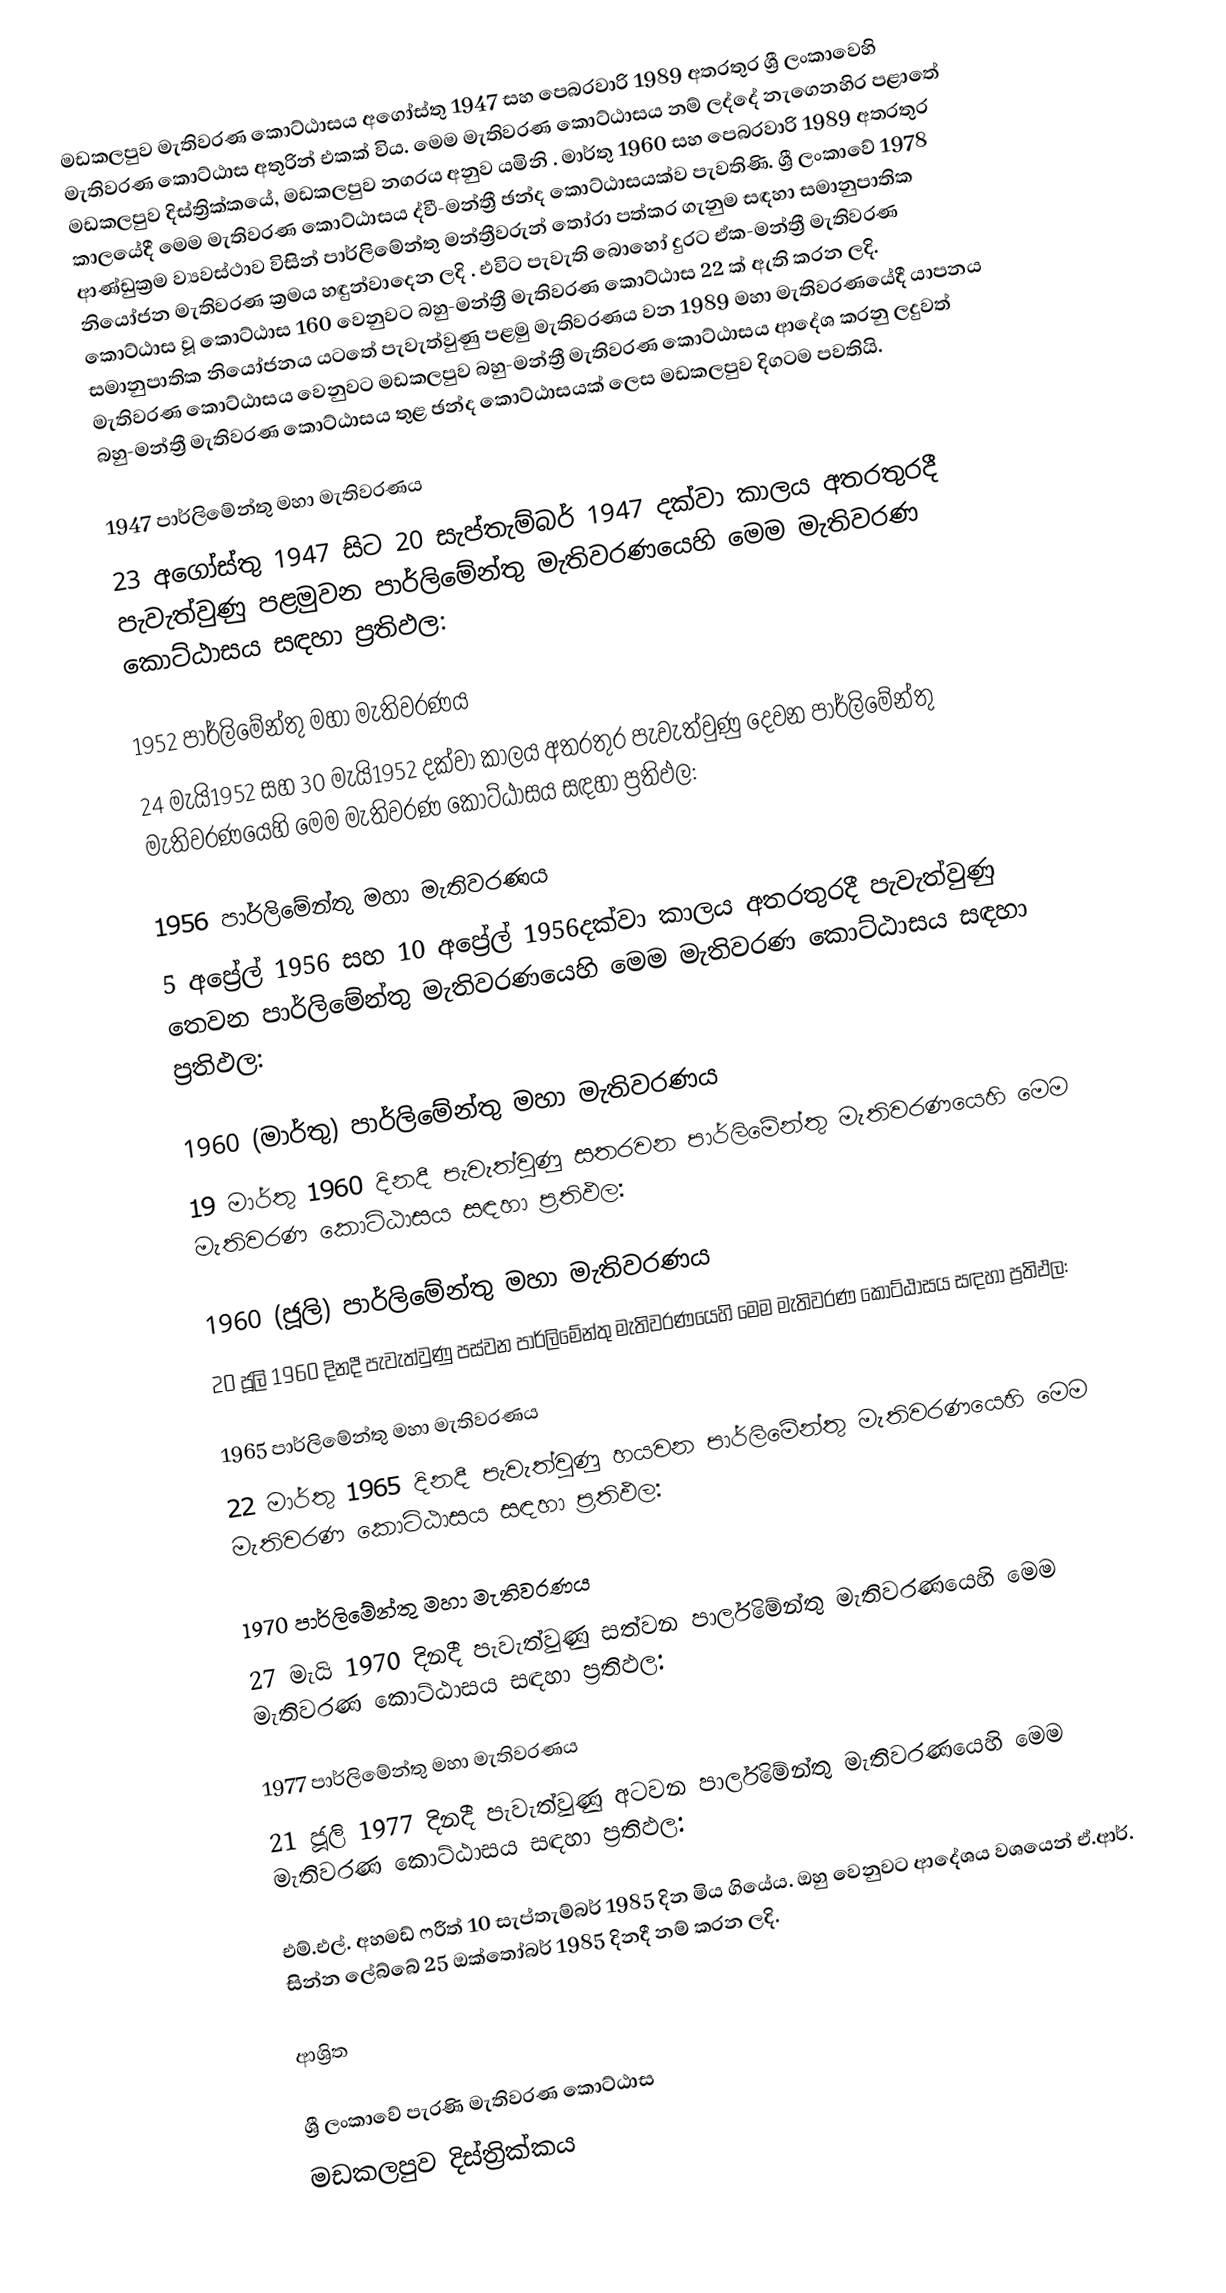
මඩකලපුව මැතිවරණ කොට්ඨාසය අගෝස්තු 1947 සහ පෙබරවාරි 1989 අතරතුර  ශ්‍රී ලංකාවෙහි  මැතිවරණ කොට්ඨාස අතුරින් එකක් විය. මෙම මැතිවරණ කොට්ඨාසය නම් ලද්දේ  නැගෙනහිර පළාතේ  මඩකලපුව දිස්ත්‍රික්කයේ,  මඩකලපුව නගරය අනුව යමිනි . මාර්තු 1960 සහ පෙබරවාරි 1989 අතරතුර කාලයේදී මෙම මැතිවරණ කොට්ඨාසය ද්වී-මන්ත්‍රී ඡන්ද කොට්ඨාසයක්ව පැවතිණි. ශ්‍රී ලංකාවේ 1978 ආණ්ඩුක්‍රම ව්‍යවස්ථාව විසින්   පාර්ලිමේන්තු මන්ත්‍රීවරුන් තෝරා පත්කර ගැනුම සඳහා සමානුපාතික නියෝජන මැතිවරණ ක්‍රමය හඳුන්වාදෙන ලදි . එවිට පැවැති බොහෝ දුරට  ඒක-මන්ත්‍රී මැතිවරණ කොට්ඨාස වූ කොට්ඨාස 160 වෙනුවට බහු-මන්ත්‍රී මැතිවරණ කොට්ඨාස 22 ක් ඇති කරන ලදි. සමානුපාතික නියෝජනය යටතේ පැවැත්වුණු පළමු මැතිවරණය වන 1989 මහා මැතිවරණයේදී  යාපනය මැතිවරණ කොට්ඨාසය වෙනුවට  මඩකලපුව බහු-මන්ත්‍රී මැතිවරණ කොට්ඨාසය  ආදේශ කරනු ලදුවත් බහු-මන්ත්‍රී මැතිවරණ කොට්ඨාසය තුළ ඡන්ද කොට්ඨාසයක් ලෙස මඩකලපුව දිගටම පවතියි.

1947 පාර්ලිමේන්තු මහා මැතිවරණය
23 අගෝස්තු 1947 සිට 20 සැප්තැම්බර් 1947 දක්වා කාලය අතරතුරදී පැවැත්වුණු  පළමුවන පාර්ලිමේන්තු මැතිවරණයෙහි මෙම මැතිවරණ කොට්ඨාසය සඳහා ප්‍රතිඵල:

1952 පාර්ලිමේන්තු මහා මැතිවරණය
24 මැයි1952 සහ 30 මැයි1952 දක්වා කාලය අතරතුර පැවැත්වුණු  දෙවන පාර්ලිමේන්තු මැතිවරණයෙහි මෙම මැතිවරණ කොට්ඨාසය සඳහා ප්‍රතිඵල:

1956 පාර්ලිමේන්තු මහා මැතිවරණය
5 අප්‍රේල් 1956 සහ 10 අප්‍රේල් 1956දක්වා කාලය අතරතුරදී පැවැත්වුණු  තෙවන පාර්ලිමේන්තු මැතිවරණයෙහි මෙම මැතිවරණ කොට්ඨාසය සඳහා ප්‍රතිඵල:

1960 (මාර්තු) පාර්ලිමේන්තු මහා මැතිවරණය
19 මාර්තු 1960 දිනදී පැවැත්වුණු  සතරවන පාර්ලිමේන්තු මැතිවරණයෙහි මෙම මැතිවරණ කොට්ඨාසය සඳහා ප්‍රතිඵල:

1960 (ජූලි) පාර්ලිමේන්තු මහා මැතිවරණය
20 ජූලි 1960 දිනදී පැවැත්වුණු  පස්වන පාර්ලිමේන්තු මැතිවරණයෙහි මෙම මැතිවරණ කොට්ඨාසය සඳහා ප්‍රතිඵල:

1965 පාර්ලිමේන්තු මහා මැතිවරණය
22 මාර්තු 1965  දිනදී පැවැත්වුණු  හයවන පාර්ලිමේන්තු මැතිවරණයෙහි මෙම මැතිවරණ කොට්ඨාසය සඳහා ප්‍රතිඵල:

1970 පාර්ලිමේන්තු මහා මැතිවරණය
27 මැයි 1970 දිනදී පැවැත්වුණු  සත්වන පාර්ලිමේන්තු මැතිවරණයෙහි මෙම මැතිවරණ කොට්ඨාසය සඳහා ප්‍රතිඵල:

1977 පාර්ලිමේන්තු මහා මැතිවරණය
21 ජූලි 1977 දිනදී පැවැත්වුණු  අටවන පාර්ලිමේන්තු මැතිවරණයෙහි මෙම මැතිවරණ කොට්ඨාසය සඳහා ප්‍රතිඵල:

එම්.එල්. අහමඩ් ෆරීත් 10 සැප්තැම්බර් 1985 දින මිය ගියේය. ඔහු වෙනුවට ආදේශය වශයෙන් ඒ.ආර්. සින්න ලේබ්බේ 25 ඔක්තෝබර් 1985 දිනදී නම් කරන ලදි.

ආශ්‍රිත

ශ්‍රී ලංකාවේ පැරණි මැතිවරණ කොට්ඨාස
මඩකලපුව දිස්ත්‍රික්කය